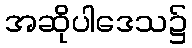
အဆိုပါဒေသ၌